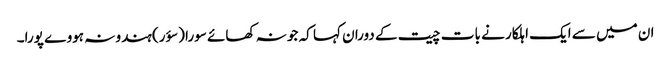
ان میں سے ایک اہلکار نے بات چیت کے دوران کہا کہ جو نہ کھائے سورا (سؤر) ہندو نہ ہووے پورا۔